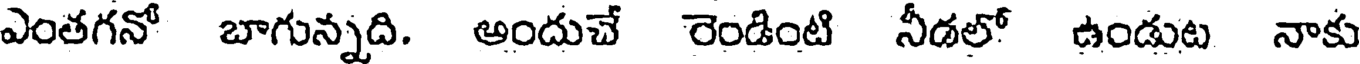
ఎంతగనో బాగున్నది. అందుచే రెండింటి నీడలో ఉండుట నాకు